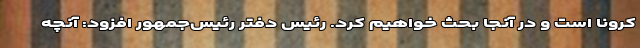
کرونا است و در آنجا بحث خواهیم کرد. رئیس دفتر رئیس‌جمهور افزود: آنچه